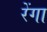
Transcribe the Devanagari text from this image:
रेंगा